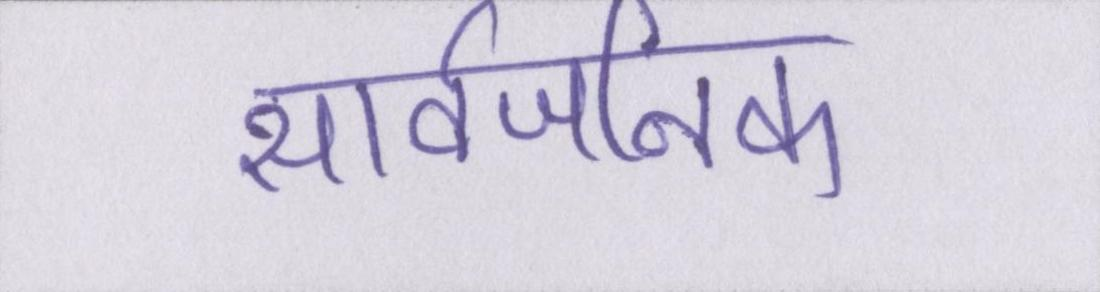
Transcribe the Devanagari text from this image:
सार्वजनिक